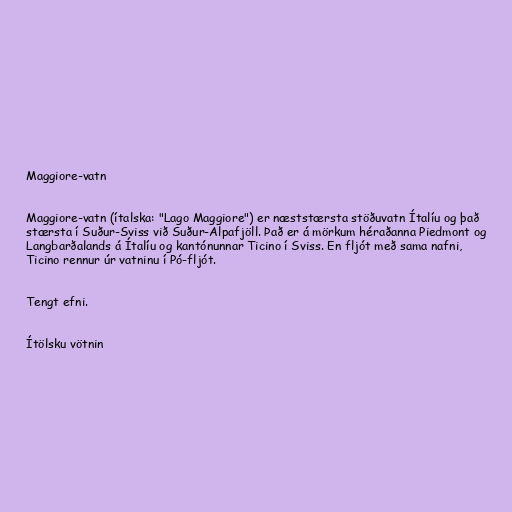
Maggiore-vatn

Maggiore-vatn (ítalska: "Lago Maggiore") er næststærsta stöðuvatn Ítalíu og það
stærsta í Suður-Sviss við Suður-Alpafjöll. Það er á mörkum héraðanna Piedmont og
Langbarðalands á Ítalíu og kantónunnar Ticino í Sviss. En fljót með sama nafni,
Ticino rennur úr vatninu í Pó-fljót.

Tengt efni.

Ítölsku vötnin